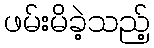
ဖမ်းမိခဲ့သည့်